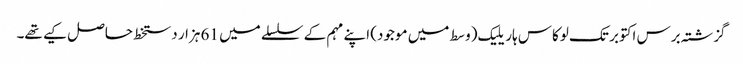
گزشتہ برس اکتوبر تک لوکاس ہاریلیک (وسط میں موجود) اپنے مہم کے سلسلے میں 61 ہزار دستخط حاصل کیے تھے۔